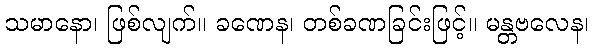
သမာနော၊ ဖြစ်လျက်။ ခဏေန၊ တစ်ခဏခြင်းဖြင့်။ မန္တဗလေန၊